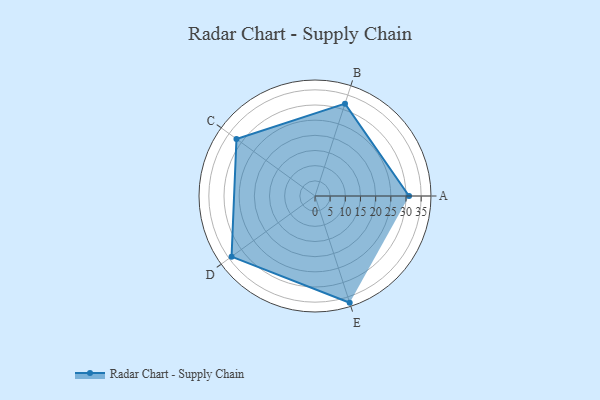
{"axis": {"x": "Skill", "y": "Score"}, "legend": ["Profile"], "data": [{"x": "A", "y": 31.0, "type": "Profile"}, {"x": "B", "y": 32.0, "type": "Profile"}, {"x": "C", "y": 32.0, "type": "Profile"}, {"x": "D", "y": 34.0, "type": "Profile"}, {"x": "E", "y": 37.0, "type": "Profile"}]}